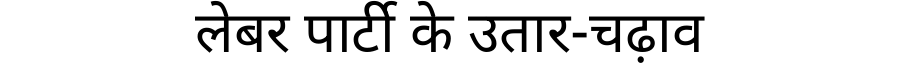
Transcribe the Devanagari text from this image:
लेबर पार्टी के उतार-चढ़ाव